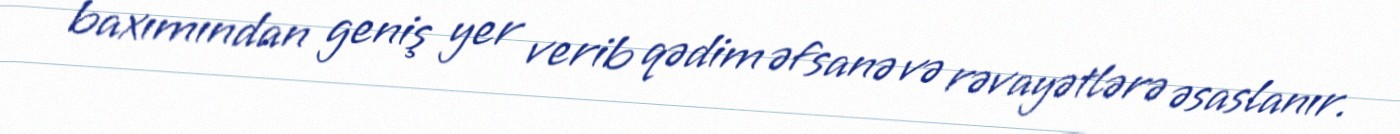
baxımından geniş yer verib qədim əfsanə və rəvayətlərə əsaslanır.